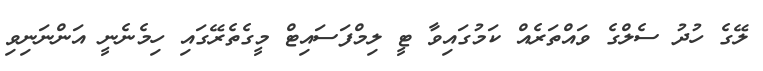
ލޭގެ ހުދު ސެލްގެ ވައްތަރެއް ކަމުގައިވާ ޓީ ލިމްފަސައިޓް މީގެތެރޭގައި ހިމެނެނީ އަންނަނިވި